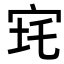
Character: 𡧪